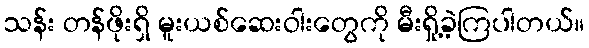
သန်း တန်ဖိုးရှိ မူးယစ်ဆေးဝါးတွေကို မီးရှို့ခဲ့ကြပါတယ်။